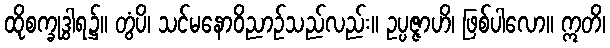
ထိုစက္ခုဒွါရ၌။ တွံပိ၊ သင်မနောဝိညာဉ်သည်လည်း။ ဥပ္ပဇ္ဇာဟိ၊ ဖြစ်ပါလော။ ဣတိ၊